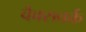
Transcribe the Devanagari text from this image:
वैक्सवर्क